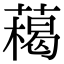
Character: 𦼰